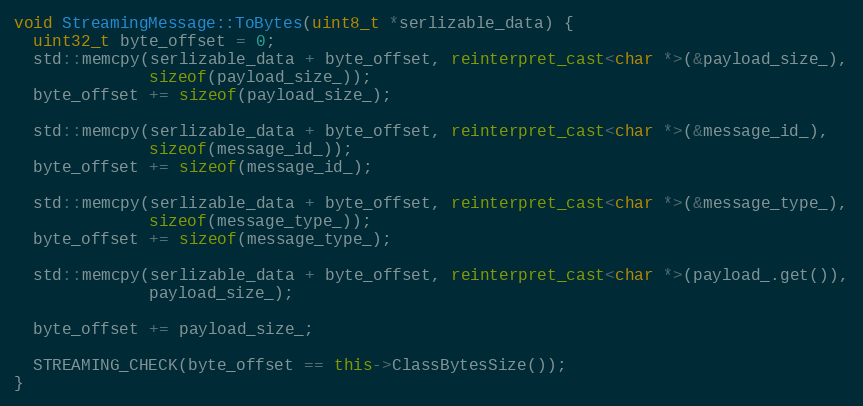
Language: C++
void StreamingMessage::ToBytes(uint8_t *serlizable_data) {
  uint32_t byte_offset = 0;
  std::memcpy(serlizable_data + byte_offset, reinterpret_cast<char *>(&payload_size_),
              sizeof(payload_size_));
  byte_offset += sizeof(payload_size_);

  std::memcpy(serlizable_data + byte_offset, reinterpret_cast<char *>(&message_id_),
              sizeof(message_id_));
  byte_offset += sizeof(message_id_);

  std::memcpy(serlizable_data + byte_offset, reinterpret_cast<char *>(&message_type_),
              sizeof(message_type_));
  byte_offset += sizeof(message_type_);

  std::memcpy(serlizable_data + byte_offset, reinterpret_cast<char *>(payload_.get()),
              payload_size_);

  byte_offset += payload_size_;

  STREAMING_CHECK(byte_offset == this->ClassBytesSize());
}